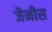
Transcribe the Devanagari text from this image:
जैनीस